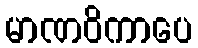
မာဏဝိကာပေ